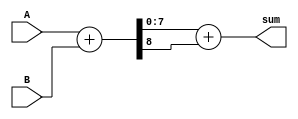
module carry_bypass_adder (
    input [7:0] A,
    input [7:0] B,
    output [8:0] sum
);

wire [7:0] p_sum1;
wire c_out1;

assign {c_out1, p_sum1} = A + B;

wire [7:0] p_sum2;
wire c_out2;

assign {c_out2, p_sum2} = p_sum1 + c_out1;

wire [8:0] final_sum;

assign final_sum = {c_out2, p_sum2};

assign sum = final_sum;

endmodule